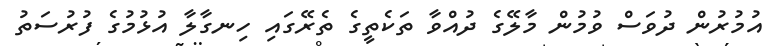
އުމުރުން ދުވަސް ވުމުން މާލޭގެ ދުއްވާ ތަކެތީގެ ތެރޭގައި ހިނގާލާ އުޅުމުގެ ފުރުސަތު